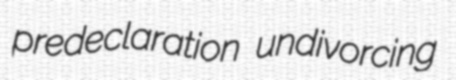
predeclaration undivorcing